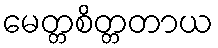
မေတ္တစိတ္တတာယ